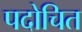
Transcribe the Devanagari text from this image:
पदोचित